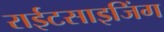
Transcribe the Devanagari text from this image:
राईटसाइजिंग